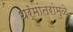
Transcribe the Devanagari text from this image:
धर्मांतरांमुळे